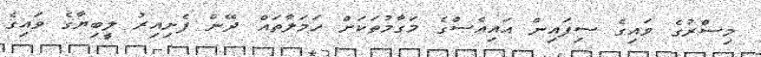
މިސްރުގެ ވައިގެ ސިފައިން އައިއެސްގެ މަގާމުތަކަށް ހަމަލާތައް ދޭން ފެށިއިރު ލީބިޔާގެ ވައިގެ